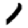
Digit: 1